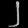
Digit: ၂